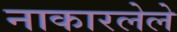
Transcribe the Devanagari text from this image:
नाकारलेले